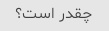
چقدر است؟